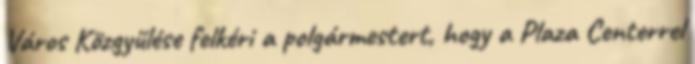
Város Közgyűlése felkéri a polgármestert, hogy a Plaza Centerrel